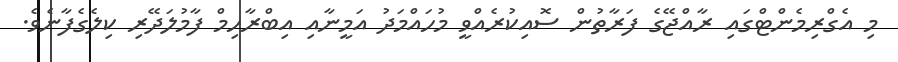
މި އެގްރިމެންޓްގައި ރާއްޖޭގެ ފަރާތުން ސޮއިކުރެއްވީ މުހައްމަދު އަމީނާއި އިބްރާހިމް ފާމުލަދޭރި ކިލެގެފާނެވެ.